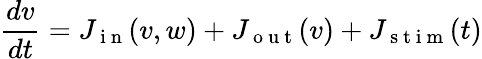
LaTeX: \frac{dv}{dt}=J_{\mathrm{~i~n~}}(v,w)+J_{\mathrm{~o~u~t~}}(v)+J_{\mathrm{~s~t~i~m~}}(t)